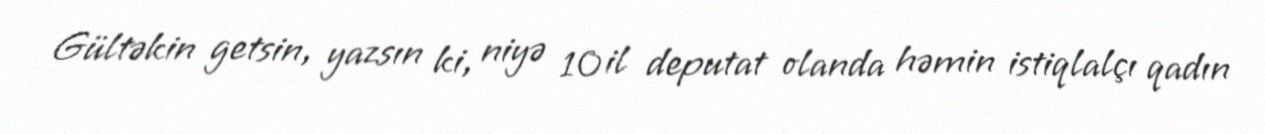
Gültəkin getsin, yazsın ki, niyə 10 il deputat olanda həmin istiqlalçı qadın